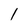
Character: l